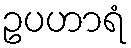
ဥပဟာရံ